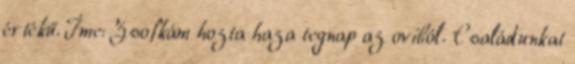
értékű. Íme: Zsofkám hozta haza tegnap az oviból. Családunkat